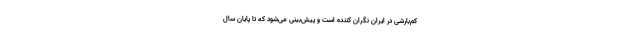
کم‌بارشی در ایران نگران کننده است و پیش‌بینی می‌شود که تا پایان سال